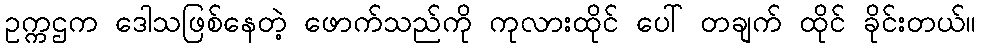
ဥက္ကဌက ဒေါသဖြစ်နေတဲ့ ဖောက်သည်ကို ကုလားထိုင် ပေါ် တချက် ထိုင် ခိုင်းတယ်။